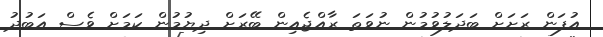
އުފަން ރަށަށް ބަދަލުވުމުން ނުވަތަ ރާއްޖެއިން ބޭރަށް ދިޔުމުން ކަމަށް ވެސް އަބުދު